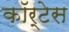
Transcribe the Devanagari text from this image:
कॉर्टेस